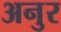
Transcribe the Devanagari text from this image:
अनुर